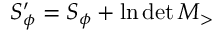
S _ { \phi } ^ { \prime } = S _ { \phi } + \ln \operatorname* { d e t } M _ { > }